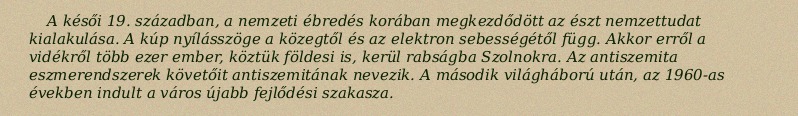
A késői 19. században, a nemzeti ébredés korában megkezdődött az észt nemzettudat kialakulása. A kúp nyílásszöge a közegtől és az elektron sebességétől függ. Akkor erről a vidékről több ezer ember, köztük földesi is, kerül rabságba Szolnokra. Az antiszemita eszmerendszerek követőit antiszemitának nevezik. A második világháború után, az 1960-as években indult a város újabb fejlődési szakasza.